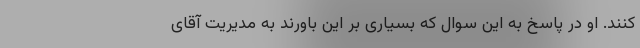
کنند. او در پاسخ به این سوال که بسیاری بر این باورند به مدیریت آقای